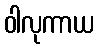
ဝါလုကာယ